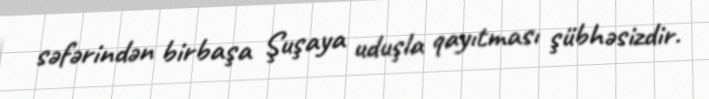
səfərindən birbaşa Şuşaya uduşla qayıtması şübhəsizdir.